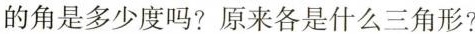
的角是多少度吗？原来各是什么三角形？